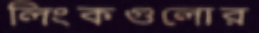
লিংকগুলোর